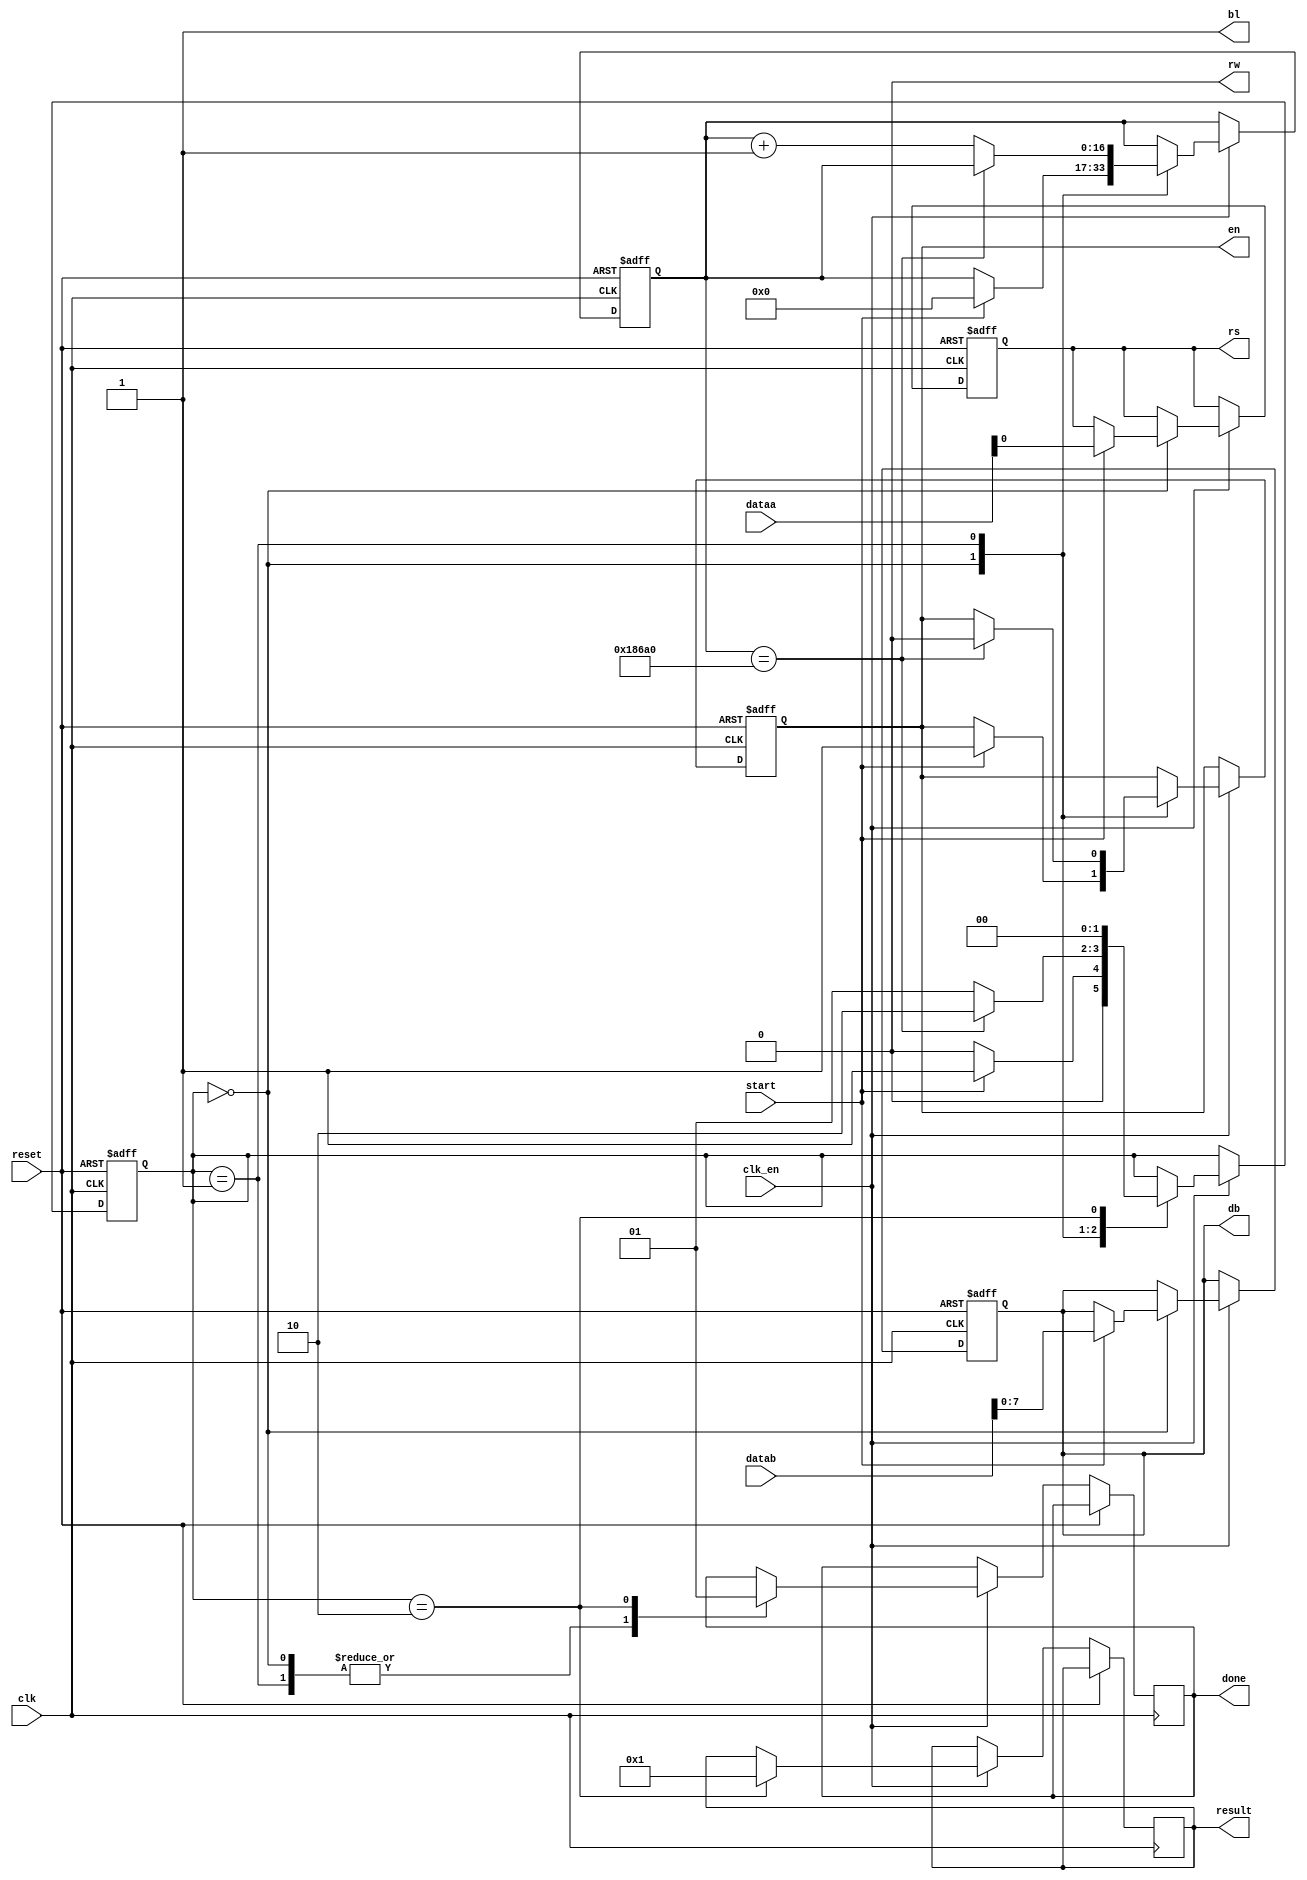
module lcd_controller (dataa, datab, result, clk, clk_en, start, reset, done, bl, rs, rw, en, db);

	input [31:0] dataa;
	input [31:0] datab;
	input clk;  // 50mhz
	input clk_en;
	input start;
	input reset;
	
	output reg [31:0] result;
	output reg done;
	output bl;
	output reg rs;
	output rw;
	output reg en;
	output reg[7:0] db; //Dados de saido do Display

	assign rw = 1'b0; //Atribui a rw, como sempre escrita
	
	reg [16:0] contador;
	
	localparam idle = 0, working = 1, finish = 2; //Parametros para delimitar a maquina de estados
	
	reg [1:0] state; // Guarda parametro de cada estado

	assign bl = 1'b1; //liga o fundo do LCD
	
	always @ (posedge clk or posedge reset) begin // Cada periodo de subida de clock  P = 1/f = 1/50000000 = 0,000000020uF
		if (reset) begin
			contador <= 17'd0; // 17 casas binarias para representar 100000
			rs       <= 1'b0;
			en       <= 1'b0;
			db       <= 8'b0;
			state    <= 1'b0;
		end else begin
			if (clk_en) begin // Se tiver en = true
				case (state)  // Recebe o estado da maquina
					idle:begin // Estado: Oscioso
						done <= 1'b0;
						if (start) begin // Quando o dado recebido, ele inicia
							state <= working;
							rs <= dataa[0];
							db <= datab[7:0];
							contador <= 17'd0;
							en <= 1'b1;
						end else begin
							state <= idle;
						end
					end
					working:begin // Estado: Trabalhando
						done <= 1'b0;
						if (contador == 17'd100_000) begin //Assim 100000 x 0.000000020uf = 0.000020mS = 20mS 
							state <= finish;
							en    <= 1'b0;
						end else begin
							contador <= contador + 1'd1;
							state <= working;
						end
					end
					finish:begin // Estado: Finalizado
						done <= 1'b1;
						result <= 1'b1;
						state <= idle; // Volta para o Estado: Ocioso
					end
				endcase
			end
		end
	end
endmodule